Annual vaccination report of Bihar and Orissa - 1911-1928
Year: 1911
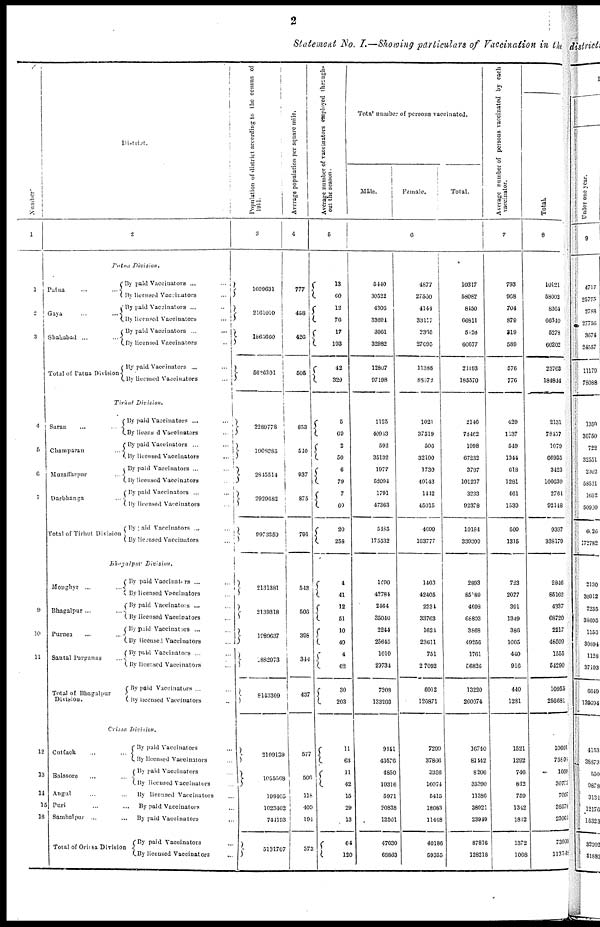
2
Statement No. I.—Showing particulars of Vaccination in the
Number.
1
1
2
3
4
6
6
7
9
10
11
12
13
14
15
18
2
Patna
Division.
Patna ... ...
Gaya ... ...
Shahabad ... ...
Total of Patna Division
By paid Vaccinators ... ...
By licensed Vaccinators
...
By paid Vaccinators ...
By licensed Vaccinators
...
By paid Vaccinators ...
...
By licensed Vaccinators
..
By paid Vaccinators ...
By licensed Vaccinators
...
Tirhut Division.
Saran ... ...
Champaran ...
Muzaffarpur ...
Darbhanga ...
Total of Tirhut Division
By paid Vaccinators ... ...
By licensed Vaccinators ...
By paid Vaccinators ... ...
By licensed Vaccinators ...
By paid Vaccinators ...
By licensed Vaccinators ...
By paid Vaccinators ...
By licensed Vaccinators ...
By paid Vaccinators ... ...
By licensed Vaccinators ...
Bhagalpur
Division.
Monghyr ... ...
Bhagalpur ... ...
Purnea ... ...
Santal Parganas ...
Total of Bhagalpur
Division.
By paid Vaccinators ... ...
By licensed Vaccinators ...
By paid Vaccinators ... ...
By licensed Vaccinators ...
By paid Vaccinators ...
By licensed Vaccinators ...
By paid Vaccinators ... ...
By licensed Vaccinators ...
By paid Vaccinators...
By licensed Vaccinators ...
Orissa
Division.
Cuttack ... ...
Balasore ... ...
Angul
...
...
Puri
...
...
Sambalpur ...
...
Total of Orissa Division
By paid Vaccinators ...
By licensed Vaccinators ...
By paid Vaccinators ...
By licensed Vaccinators ...
By licensed Vaccinators ...
By paid Vaccinators ...
By paid Vaccinators ...
By paid Vaccinators ...
By licensed Vaccinators ...
Population of district according to the census of
1911.
3
1609631
2161010
1865660
5636301
2289778
1908385
2845514
2929682
9973359
2131381
2139318
1989637
1882973
8143309
2109139
1055568
199405
1023402
744193
5131707
Average population per square mile.
4
777
458
426
505
853
510
937
875
791
543
506
308
344
437
577
506
116
409
194
373
Average number of vaccinators employed through-
out the season.
5
13
60
12
76
17
193
42
329
5
69
2
50
6
79
7
60
20
258
4
41
12
51
10
49
4
62
30
203
11
63
11
42
15
29
13
64
120
Total number of persons vaccinated.
Male.
Female.
Total.
6
5440
30522
4306
33694
3061
32982
12807
97198
1125
40943
592
35132
1977
52094
1791
47363
5485
175532
1490
42784
2464
35040
2244
25645
1010
29734
7208
133203
9141
43576
4850
19316
5971
20838
12501
47630
68863
4877
27560
4144
33117
2365
27695
11386
83372
1021
37519
506
32100
1730
49143
1412
45015
4699
163777
1403
42405
2234
33763
1624
23611
751
27092
6012
126871
7299
37866
3356
16074
5415
18083
11448
40186
59355
10317
58082
8150
66811
5128
60677
24193
185570
2146
78462
1098
67232
3707
101237
3233
92378
10184
339309
2893
85189
4698
68803
3868
49256
1761
56826
13220
260074
16740
81442
8206
35390
11386
38921
23949
87816
128218
Average number of persons vaccinated by each
vaccinator.
7
793
968
704
879
319
589
576
776
429
1137
549
1344
618
1281
461
1539
509
1315
723
2077
391
1349
386
1005
440
916
440
1281
1521
1292
746
842
759
1342
1812
1372
1068
Total.
8
10121
58002
8364
66640
5278
60202
23763
184844
2131
78457
1079
66935
3423
100639
2764
92148
9397
338170
2846
85162
4337
68720
2217
48509
1555
54290
10955
256681
10601
75806
1669
30734
7007
38578
23061
73909
113549